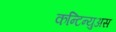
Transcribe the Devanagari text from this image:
कन्टिन्युअस